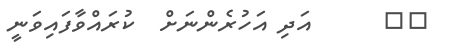
١٢      އަދި އަހުރެންނަށް  ކުރައްވާފައިވަނީ